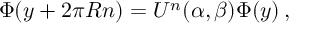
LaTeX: \Phi ( y + 2 \pi R n ) = U ^ { n } ( \alpha , \beta ) \Phi ( y ) \, ,